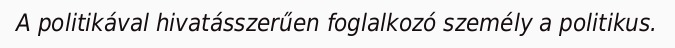
A politikával hivatásszerűen foglalkozó személy a politikus.